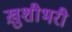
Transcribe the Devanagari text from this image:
ख़ुशीभरी